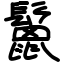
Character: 鬛